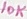
Text: 10K